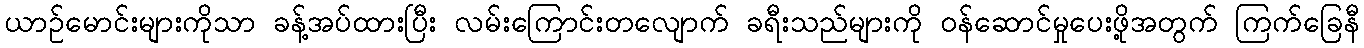
ယာဉ်မောင်းများကိုသာ ခန့်အပ်ထားပြီး လမ်းကြောင်းတလျောက် ခရီးသည်များကို ဝန်ဆောင်မှုပေးဖို့အတွက် ကြက်ခြေနီ